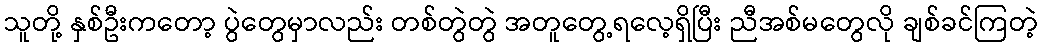
သူတို့ နှစ်ဦးကတော့ ပွဲတွေမှာလည်း တစ်တွဲတွဲ အတူတွေ့ရလေ့ရှိပြီး ညီအစ်မတွေလို ချစ်ခင်ကြတဲ့